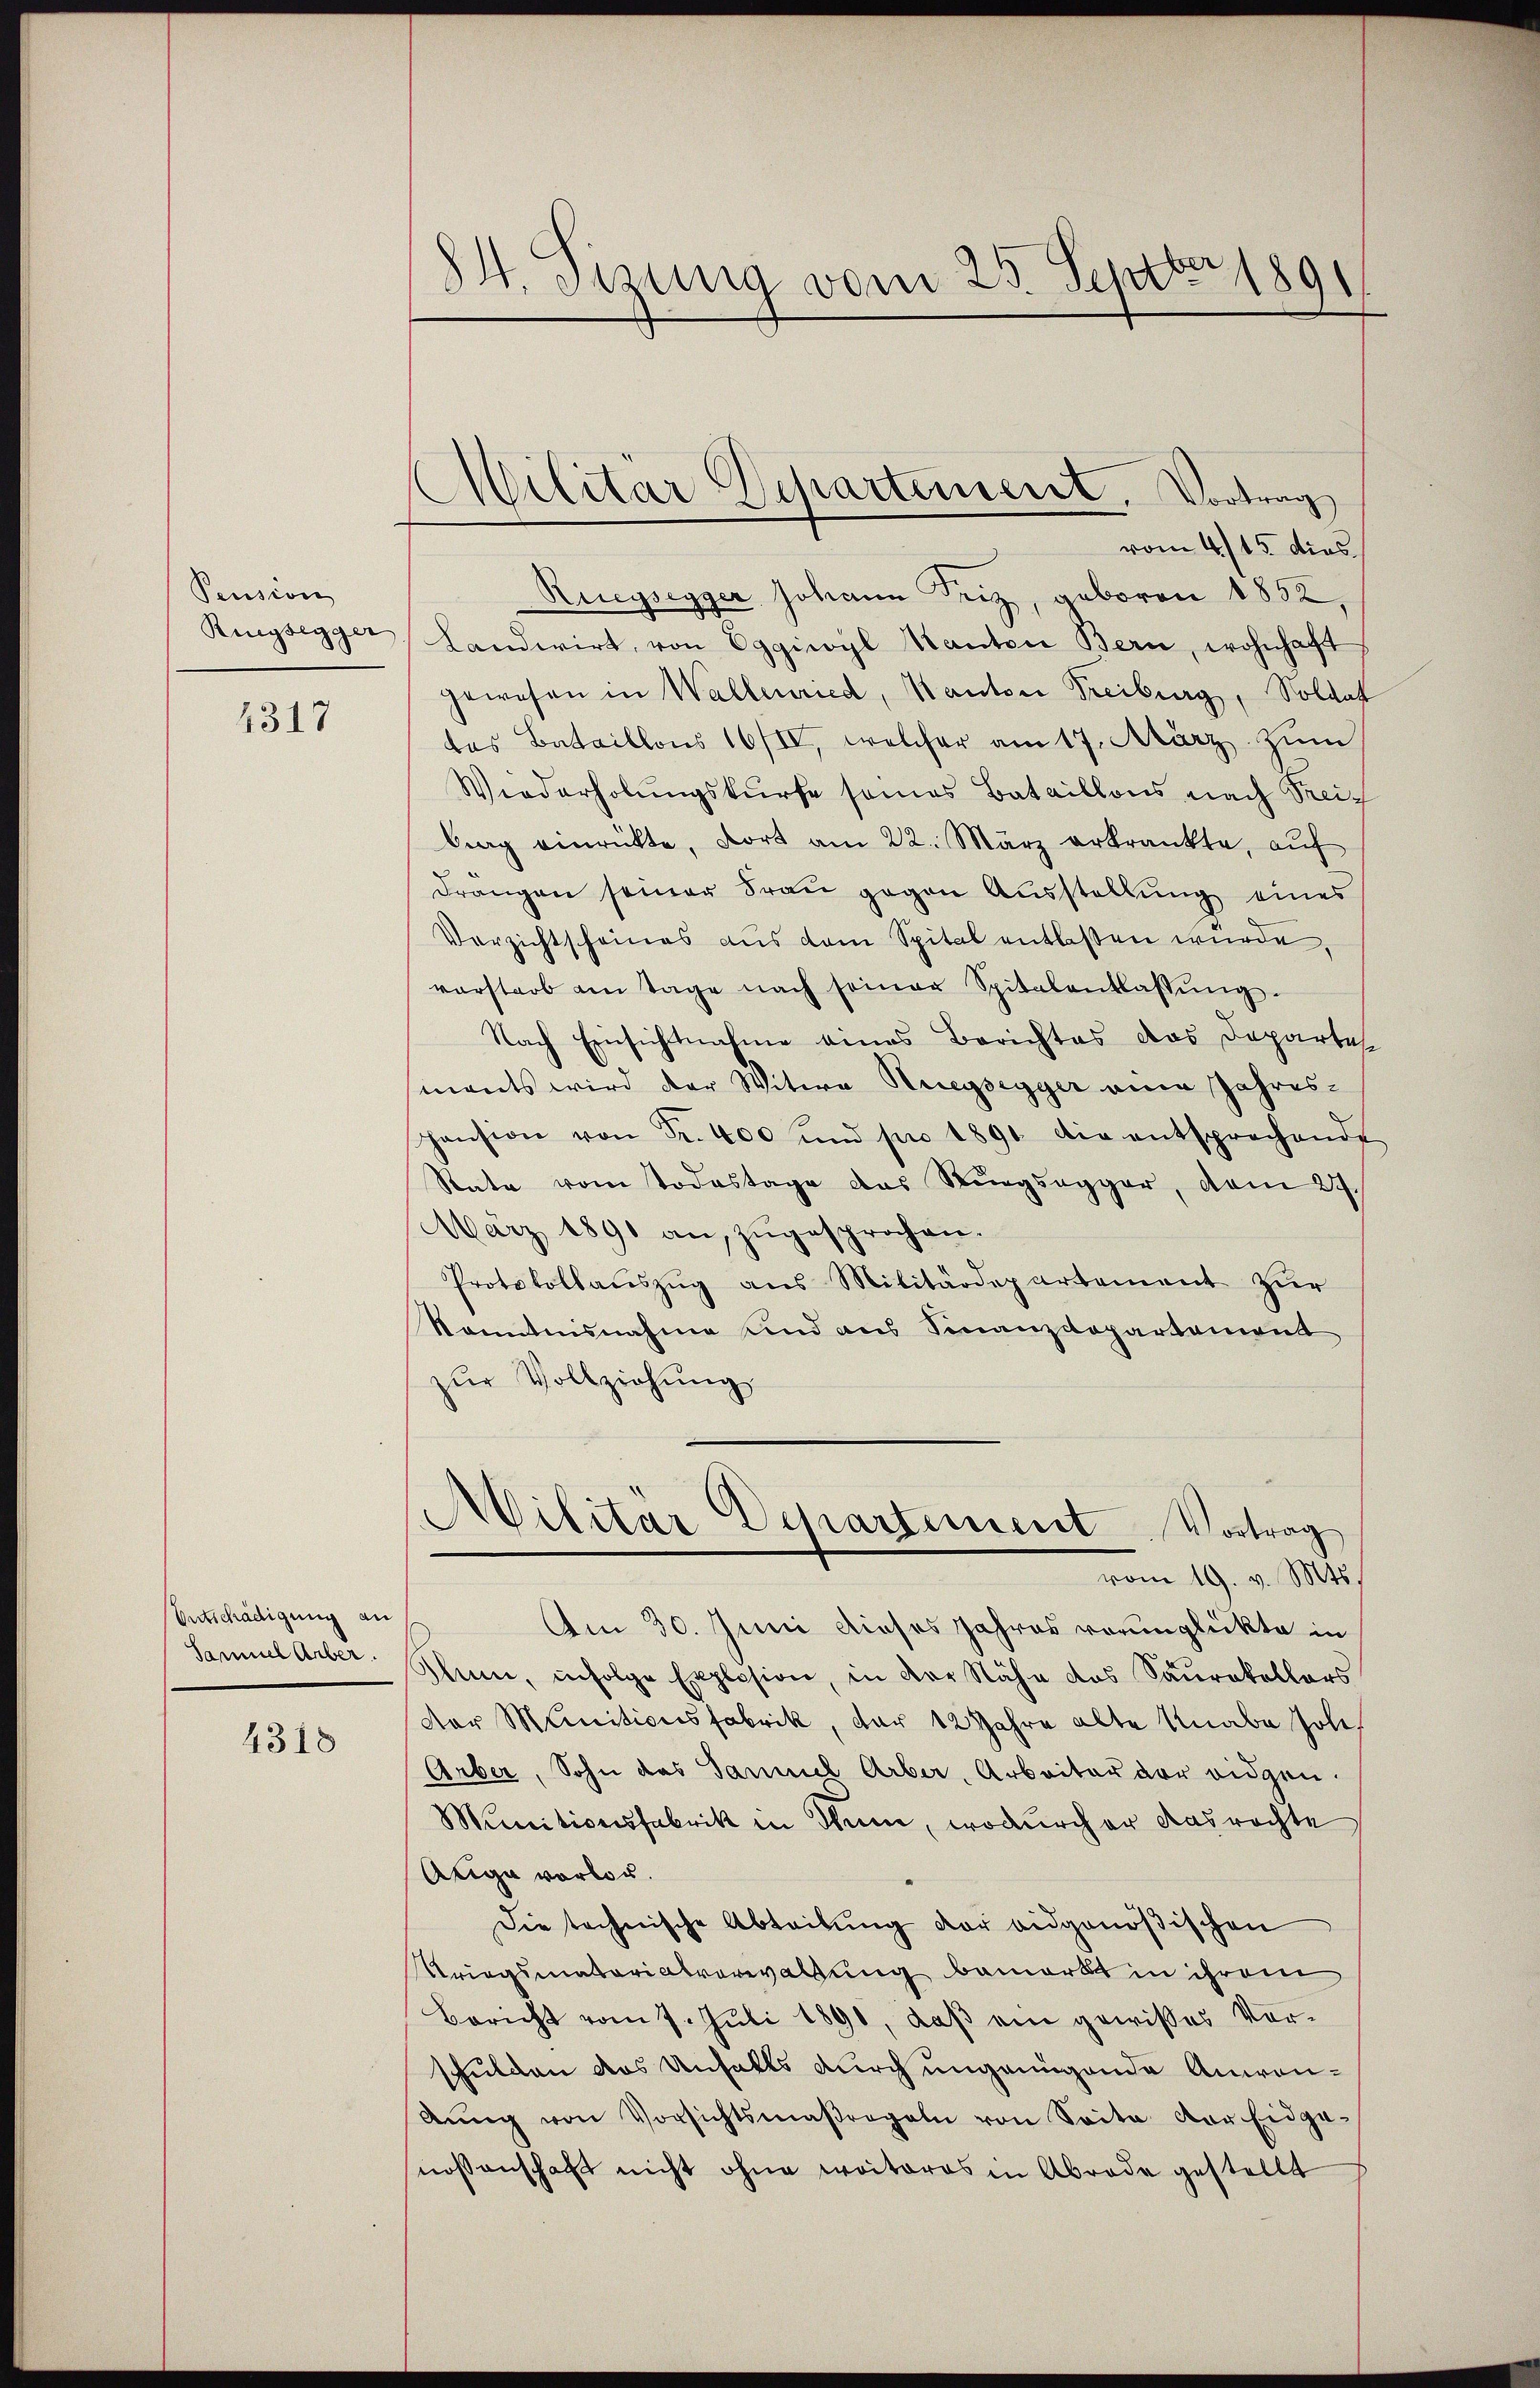
Pension
Rigsegger

1317

Entschädigung an
Samuel Arber.

4318

84. Sizung vom 25. Septbr 189

Militär Departement. Vortrag

vom 4/15 dies
d
Riegsegger Johann Friz, geboren 1852,
Landwirt, von Eggiwyl Kanton Bern, wohnhaft
gewesen in Wallenried, Kanton Treiburg, Soldat
das Bataillons 16/IV, welcher am 17. März zum
Wiederholungskurse seines Bataillons nach Freiberg einrückte, dort am 22. März erkrankte, aŭf
drängen seiner Frau gegen Ausstellung eines
Verzichtscheines aus dem Spital entlassen wurde,
vorstarb am Tage nach seiner Spitalentlassŭng.
Nach Einsichtnahme eines Berichtes das Departe
mants wird der Witwe Kriegsegger aner Jahrespansion von Fr. 400 und pro 1891 die entsprechende
Rate vom Todestage des Burgsegger, vom 27.
März 1890 an, zŭgesprochen.
Protokollaŭszŭg ans Militärdepartement zŭr
Kenntnisnahme und aus Finanzdepartement
zŭr Vollziehŭng
Militär Departement. Vortrag
vom 19. v. Mts.
Am 30. Juni dieses Jahres verunglückte in
Ihnen, infolge Explosion, in der Nähe das Saŭrakallors
dor Munitionsfabrik, der 12 Jahre alte Knabe Joh
Arber, Sohn das Sammel Arber, Arbeiter der eidgen.
Minitionsfabrik in Ihm, wodurcher das rechte
Aiga vorlar.
Die technische Abteibung der eidgenößischen
Kriegsmatorialverwaltung bemerkt in ihrem
Bericht vom 7. Jŭli 1890, daβ ein gewisses Vor-
schulden das Unfalls durch ungenügende Anwenbŭng von Vorsichtsmaßregeln von Seite der Eidge-
nossenschaft nicht ohne weiteres in Abrode gestellt